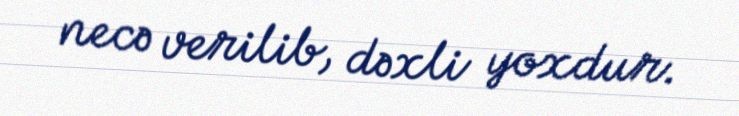
necə verilib, dəxli yoxdur.